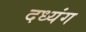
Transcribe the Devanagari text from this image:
दध्यंग